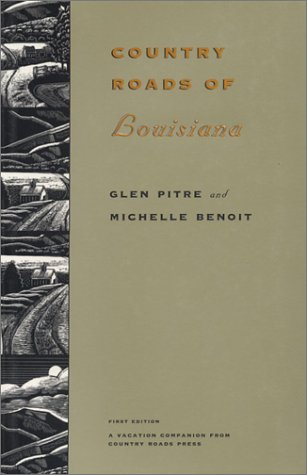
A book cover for Country Roads of Louisiana; Glen Pitre; Travel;